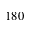
1 8 0